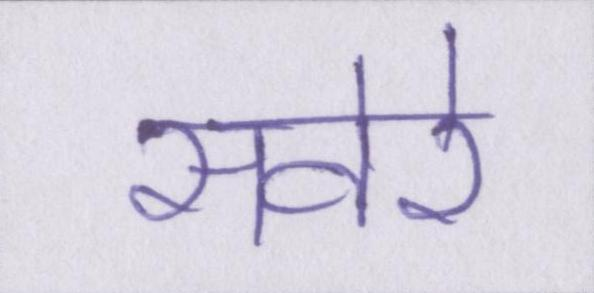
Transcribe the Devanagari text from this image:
सवेरे